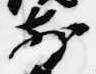
前